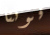
فوتنا